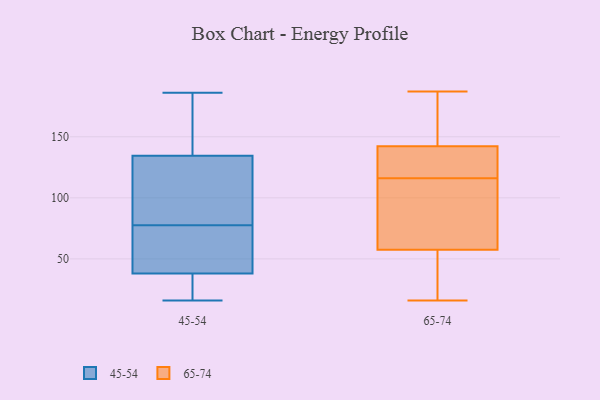
{"axis": {"x": "Tickets Resolved", "y": "Value"}, "legend": ["45-54", "65-74"], "data": [{"x": "", "y": 71, "type": "45-54"}, {"x": "", "y": 125, "type": "45-54"}, {"x": "", "y": 16, "type": "45-54"}, {"x": "", "y": 20, "type": "45-54"}, {"x": "", "y": 132, "type": "45-54"}, {"x": "", "y": 58, "type": "45-54"}, {"x": "", "y": 182, "type": "45-54"}, {"x": "", "y": 186, "type": "45-54"}, {"x": "", "y": 45, "type": "45-54"}, {"x": "", "y": 137, "type": "45-54"}, {"x": "", "y": 31, "type": "45-54"}, {"x": "", "y": 84, "type": "45-54"}, {"x": "", "y": 68, "type": "65-74"}, {"x": "", "y": 126, "type": "65-74"}, {"x": "", "y": 187, "type": "65-74"}, {"x": "", "y": 152, "type": "65-74"}, {"x": "", "y": 47, "type": "65-74"}, {"x": "", "y": 44, "type": "65-74"}, {"x": "", "y": 149, "type": "65-74"}, {"x": "", "y": 137, "type": "65-74"}, {"x": "", "y": 19, "type": "65-74"}, {"x": "", "y": 120, "type": "65-74"}, {"x": "", "y": 61, "type": "65-74"}, {"x": "", "y": 140, "type": "65-74"}, {"x": "", "y": 93, "type": "65-74"}, {"x": "", "y": 174, "type": "65-74"}, {"x": "", "y": 116, "type": "65-74"}, {"x": "", "y": 16, "type": "65-74"}, {"x": "", "y": 109, "type": "65-74"}]}